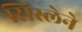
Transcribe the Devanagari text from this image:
सिस्लेने